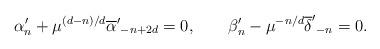
LaTeX: \begin{align*}\alpha'_n + \mu^{(d-n)/d}{\overline \alpha'}_{-n+2d}=0,\qquad\beta'_n-\mu^{-n/d}{\overline \delta'}_{-n}=0.\end{align*}